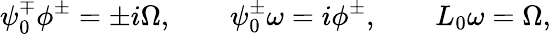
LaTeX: \psi_{0}^{\mp}\phi^{\pm}=\pm i\Omega,\qquad\psi_{0}^{\pm}\omega=i\phi^{\pm},\qquad L_{0}\omega=\Omega,